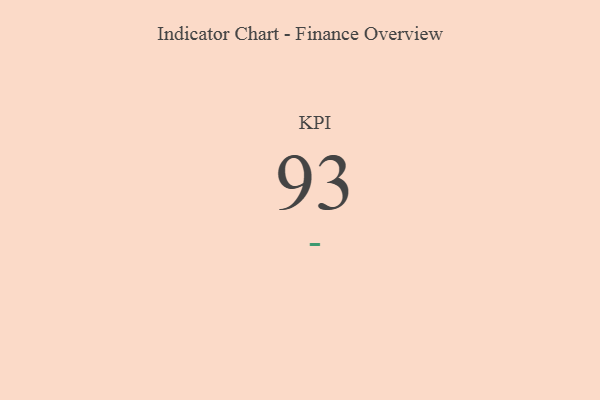
{"axis": {"x": "KPI", "y": "Value"}, "legend": [""], "data": [{"x": "KPI", "y": 93, "type": ""}]}